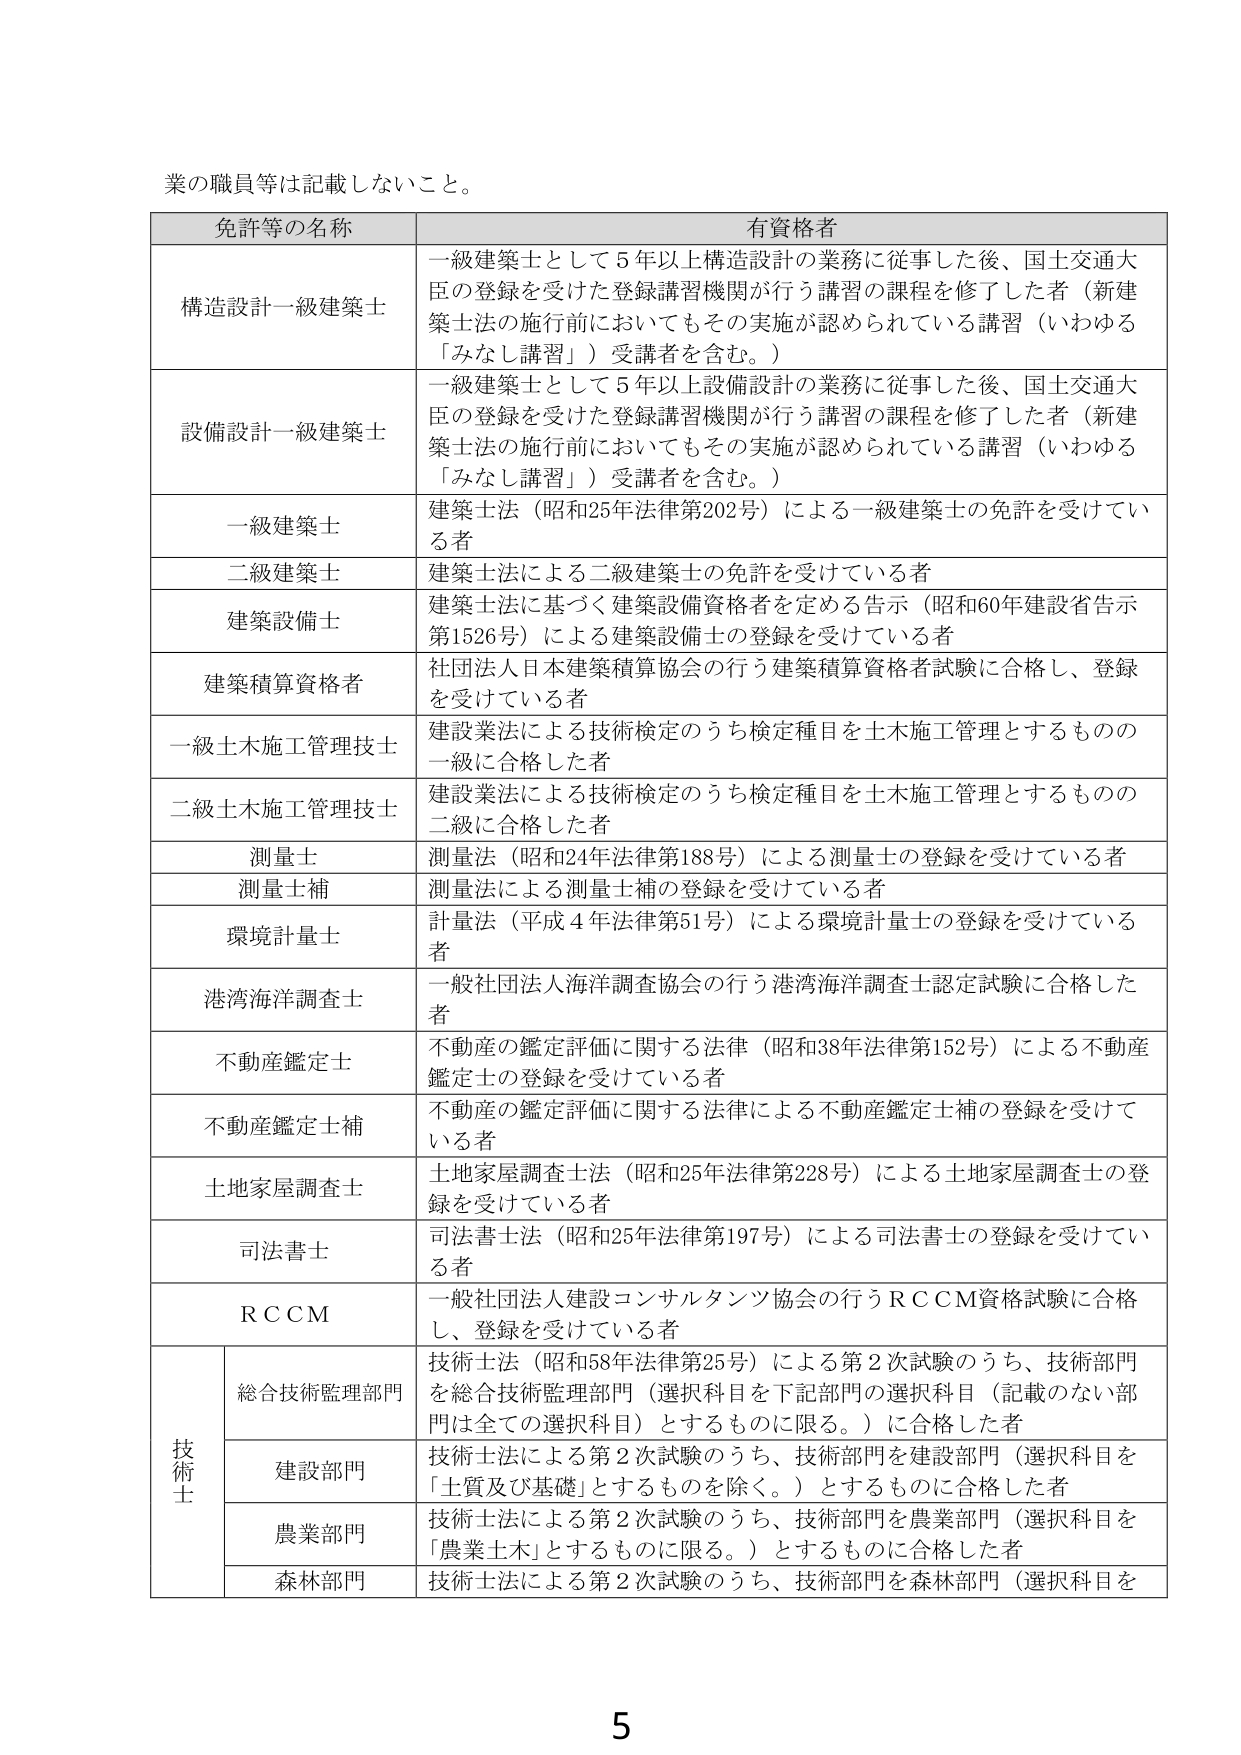
業の職員等は記載しないこと。

免許等の名称	有資格者
構造設計一級建築士	一級建築士として5年以上構造設計の業務に従事した後、国土交通大臣の登録を受けた登録講習機関が行う講習の課程を修了した者（新建築士法の施行前においてもその実施が認められている講習（いわゆる「みなしが習」）受講者を含む。）
設備設計一級建築士	一級建築士として5年以上設備設計の業務に従事した後、国土交通大臣の登録を受けた登録講習機関が行う講習の課程を修了した者（新建築士法の施行前においてもその実施が認められている講習（いわゆる「みなしが習」）受講者を含む。）
一級建築士	建築士法（昭和25年法律第202号）による一級建築士の免許を受けている者
二級建築士	建築士法による二級建築士の免許を受けている者
建築設備士	建築士法に基づく建築設備資格者を定める告示（昭和60年建設省告示第1526号）による建築設備士の登録を受けている者
建築積算資格者	社団法人日本建築積算協会の行う建築積算資格者試験に合格し、登録を受けている者
一級土木施工管理技士	建設業法による技術検定のうち検定種目を土木施工管理とするものの一級に合格した者
二級土木施工管理技士	建設業法による技術検定のうち検定種目を土木施工管理とするものの二級に合格した者
測量士	測量法（昭和24年法律第188号）による測量士の登録を受けている者
測量士補	測量法による測量士補の登録を受けている者
環境計量士	計量法（平成4年法律第51号）による環境計量士の登録を受けている者
港湾海洋調査士	一般社団法人海洋調査協会の行う港湾海洋調査士認定試験に合格した者
不動産鑑定士	不動産の鑑定評価に関する法律（昭和38年法律第152号）による不動産鑑定士の登録を受けている者
不動産鑑定士補	不動産の鑑定評価に関する法律による不動産鑑定士補の登録を受けている者
土地家屋調査士	土地家屋調査士法（昭和25年法律第228号）による土地家屋調査士の登録を受けている者
司法書士	司法書士法（昭和25年法律第197号）による司法書士の登録を受けている者
RＣＣＭ	一般社団法人建設コンサルタンツ協会の行うＲＣＣＭ資格試験に合格し、登録を受けている者
技術士	総合技術監理部門	技術士法（昭和58年法律第25号）による第2次試験のうち、技術部門を総合技術監理部門（選択科目を下記部門の選択科目（記載のない部門は全ての選択科目）とするものに限る。）に合格した者
	建設部門	技術士法による第2次試験のうち、技術部門を建設部門（選択科目を「土質及び基礎」とするものを除く。）とするものに合格した者
	農業部門	技術士法による第2次試験のうち、技術部門を農業部門（選択科目を「農業土木」とするものに限る。）とするものに合格した者
	森林部門	技術士法による第2次試験のうち、技術部門を森林部門（選択科目を

5